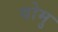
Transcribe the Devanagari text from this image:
योमु